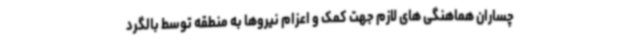
چساران هماهنگی های لازم جهت کمک و اعزام نیروها به منطقه توسط بالگرد